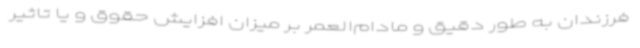
فرزندان به طور دقیق و مادام‌العمر بر میزان افزایش حقوق و یا تاثیر